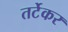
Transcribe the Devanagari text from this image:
तर्टेकर